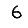
Digit: 6